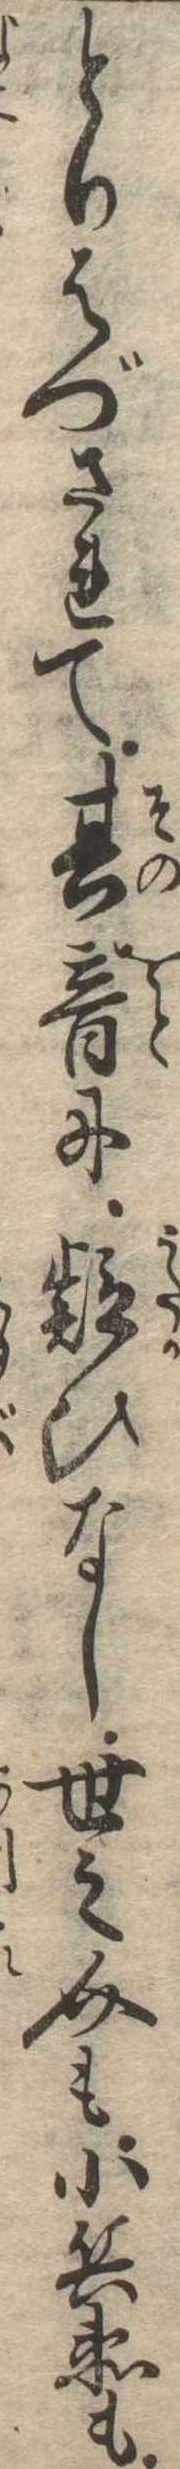
とりはづされて其音に疑ひなし世之介も小兵衛も